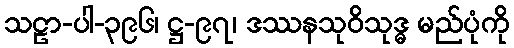
သဠာ-ပါ-၃၉၆၊ ဋ္ဌ-၉၇၊ ဒဿနသုဝိသုဒ္ဓ မည်ပုံကို